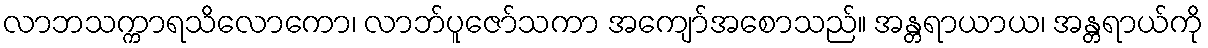
လာဘသက္ကာရသိလောကော၊ လာဘ်ပူဇော်သကာ အကျော်အစောသည်။ အန္တရာယာယ၊ အန္တရာယ်ကို